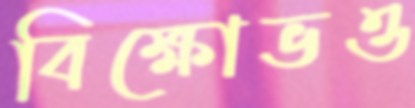
বিক্ষোভও